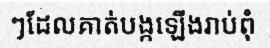
ៗដែលគាត់បង្កឡើងរាប់ពុំ